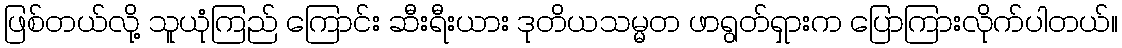
ဖြစ်တယ်လို့ သူယုံကြည် ကြောင်း ဆီးရီးယား ဒုတိယသမ္မတ ဖာရွတ်ရှားက ပြောကြားလိုက်ပါတယ်။